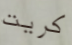
كريت